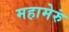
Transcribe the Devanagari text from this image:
महामेरुं